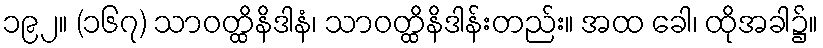
၁၉၂။ (၁၆၇) သာဝတ္ထိနိဒါနံ၊ သာဝတ္ထိနိဒါန်းတည်း။ အထ ခေါ၊ ထိုအခါ၌။